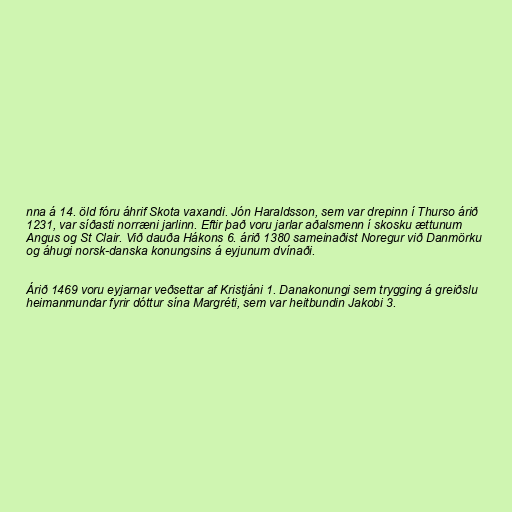
nna á 14. öld fóru áhrif Skota vaxandi. Jón Haraldsson, sem var drepinn í Thurso árið
1231, var síðasti norræni jarlinn. Eftir það voru jarlar aðalsmenn í skosku ættunum
Angus og St Clair. Við dauða Hákons 6. árið 1380 sameinaðist Noregur við Danmörku
og áhugi norsk-danska konungsins á eyjunum dvínaði.

Árið 1469 voru eyjarnar veðsettar af Kristjáni 1. Danakonungi sem trygging á greiðslu
heimanmundar fyrir dóttur sína Margréti, sem var heitbundin Jakobi 3.